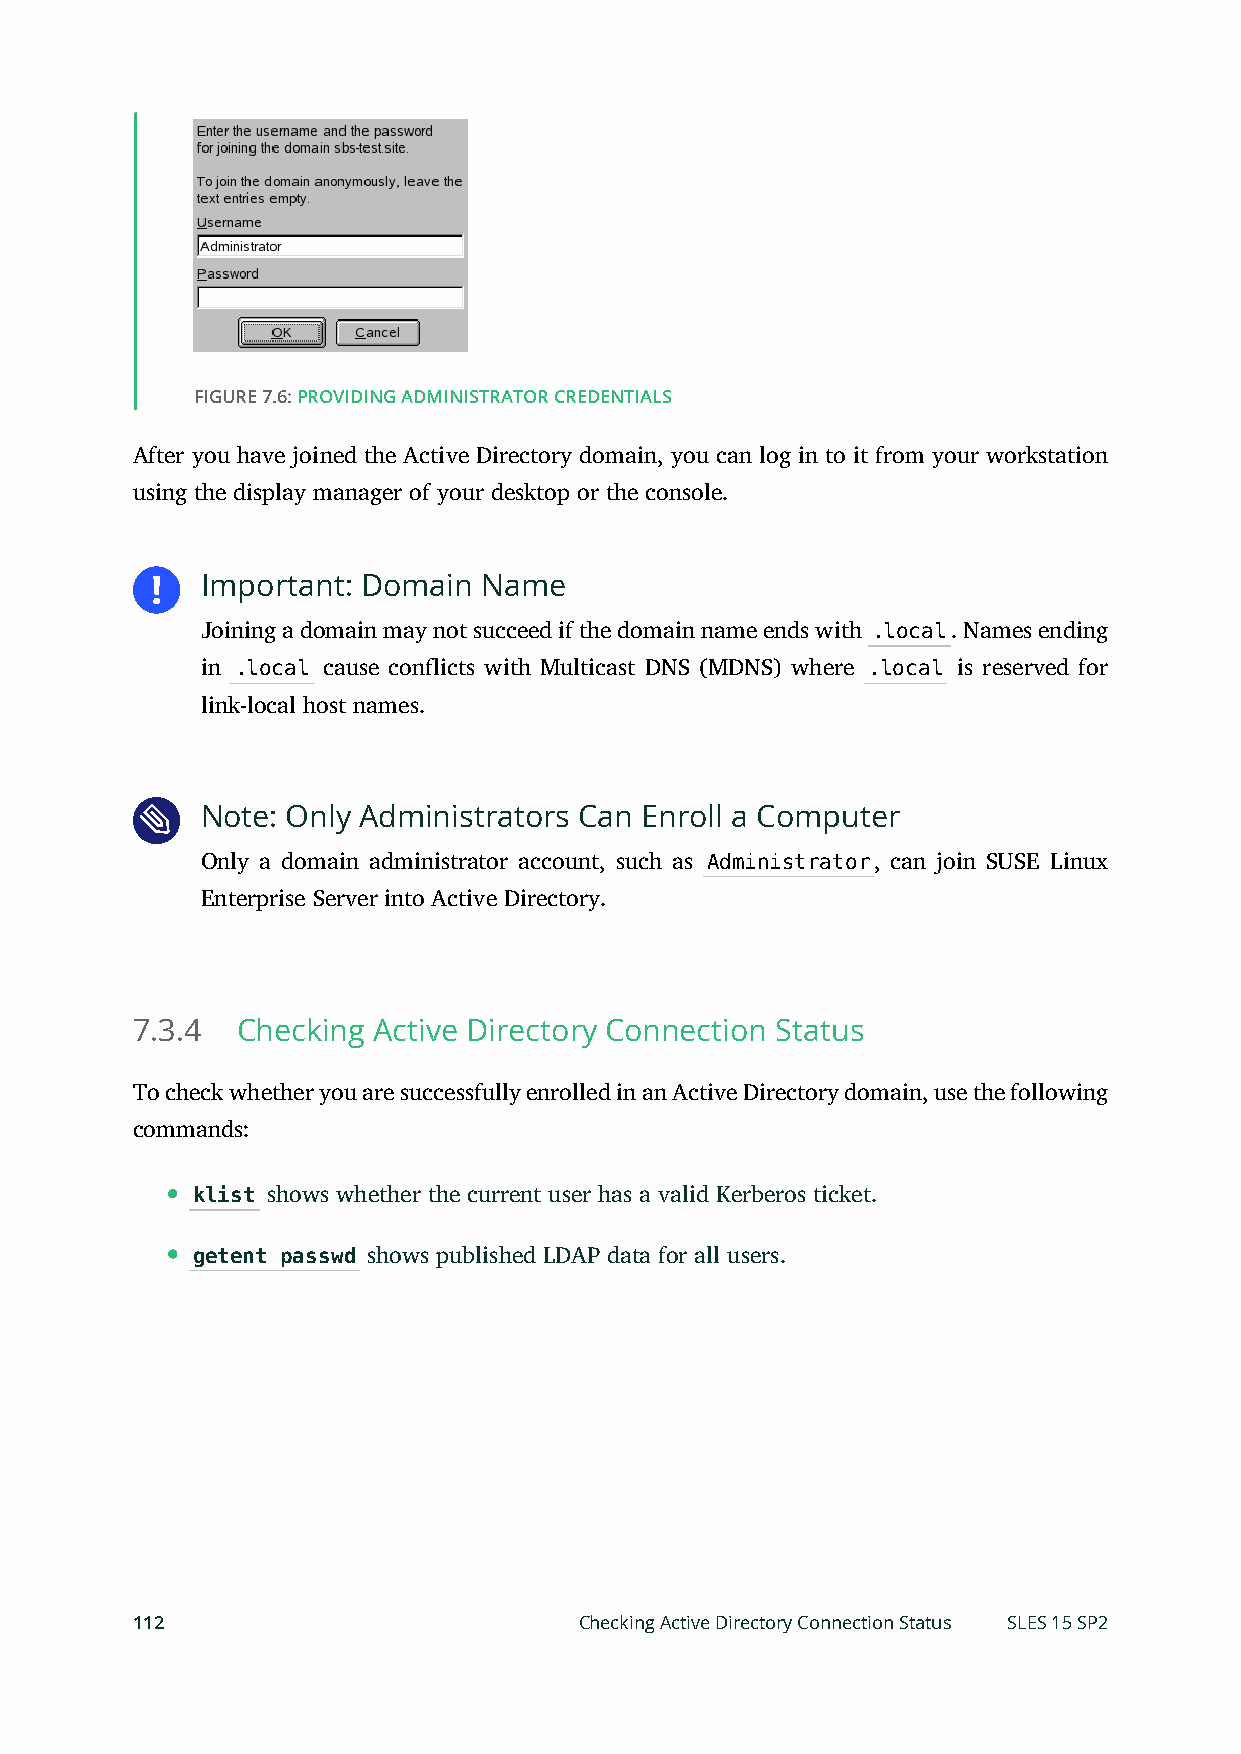
FIGURE 7.6: PROVIDING ADMINISTRATOR CREDENTIALS
 After you have joined the Active Directory domain, you can log in to it from your workstation
 using the display manager of your desktop or the console.
 Important: Domain  Name
 Joining a domain may not succeed if the domain name ends with .local. Names ending
 in .local cause conflicts with Multicast DNS (MDNS) where .local is reserved for
 link-local host names.
 Note: Only Administrators Can Enroll a Computer
 Only a domain administrator account, such as Administrator, can join SUSE Linux
 Enterprise Server into Active Directory.
 7.3.4  Checking Active Directory Connection Status
 To check whether you are successfully enrolled in an Active Directory domain, use the following
 commands:
 klist shows whether the current user has a valid Kerberos ticket.
 getent passwd shows published LDAP data for all users.
 112                          Checking Active Directory Connection Status SLES 15 SP2